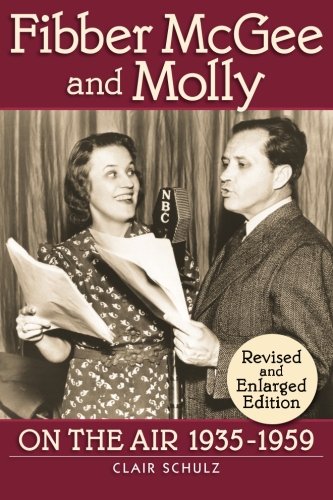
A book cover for Fibber McGee and Molly: On the Air 1935-1959: Revised and Enlarged Edition; Clair Shulz; Humor & Entertainment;